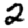
Digit: 2